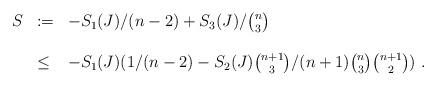
LaTeX: \begin{align*} \begin{array}{lll} S&:=&-S_1(J)/(n-2)+S_3(J)/{n\choose 3}\\ \\ &\leq&-S_1(J)(1/(n-2)- S_2(J){n+1\choose 3}/(n+1){n\choose 3}{n+1\choose 2})~.\end{array}\end{align*}